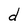
Character: d